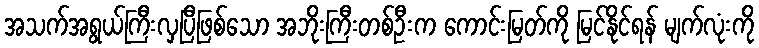
အသက်အရွယ်ကြီးလှပြီဖြစ်သော အဘိုးကြီးတစ်ဦးက ကောင်းမြတ်ကို မြင်နိုင်ရန် မျက်လုံးကို